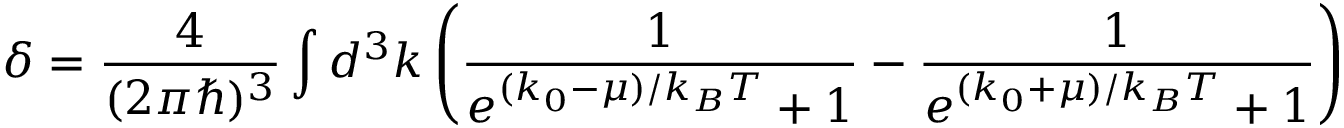
\delta = \frac { 4 } { ( 2 \pi \hbar ) ^ { 3 } } \int d ^ { 3 } k \left( \frac { 1 } { e ^ { ( k _ { 0 } - \mu ) / k _ { B } T } + 1 } - \frac { 1 } { e ^ { ( k _ { 0 } + \mu ) / k _ { B } T } + 1 } \right)